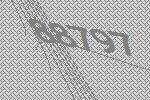
88797